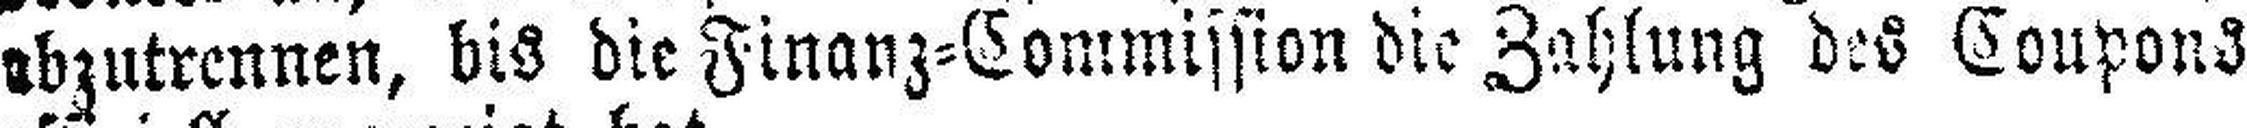
abzutrennen, bis die Finanz=Commission die Zahlung des Coupons